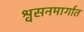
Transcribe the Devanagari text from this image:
श्वसनमार्गात